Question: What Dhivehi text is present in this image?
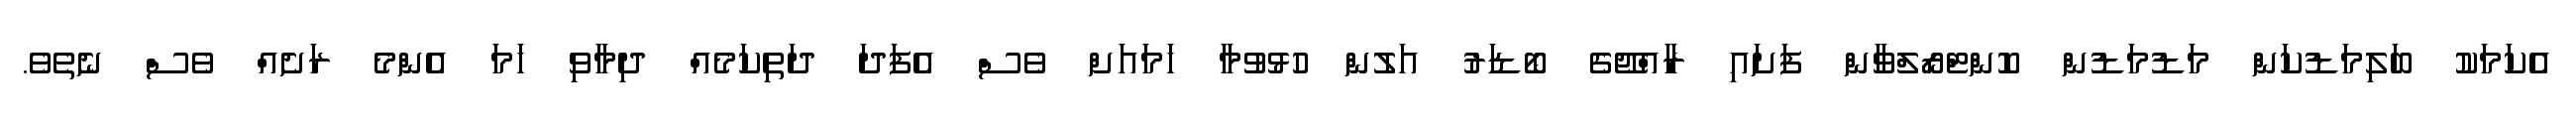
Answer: އެކަމަކު ބަލިމަޑުކަން މަޑުމަޑުން ކޮންޓްރޯލްވާން ފަށައި ރާއްޖޭގެ ބޯޑަރު އަލުން ހުޅުވުމާ ހަމައަށް ވެސް އެފަދަ ދަތިކަމެއް ދިމާވި ހަމަ އެންމެ ރަށެއް ވެސް ނެތެވެ.